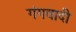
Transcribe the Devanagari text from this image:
गंगवादी